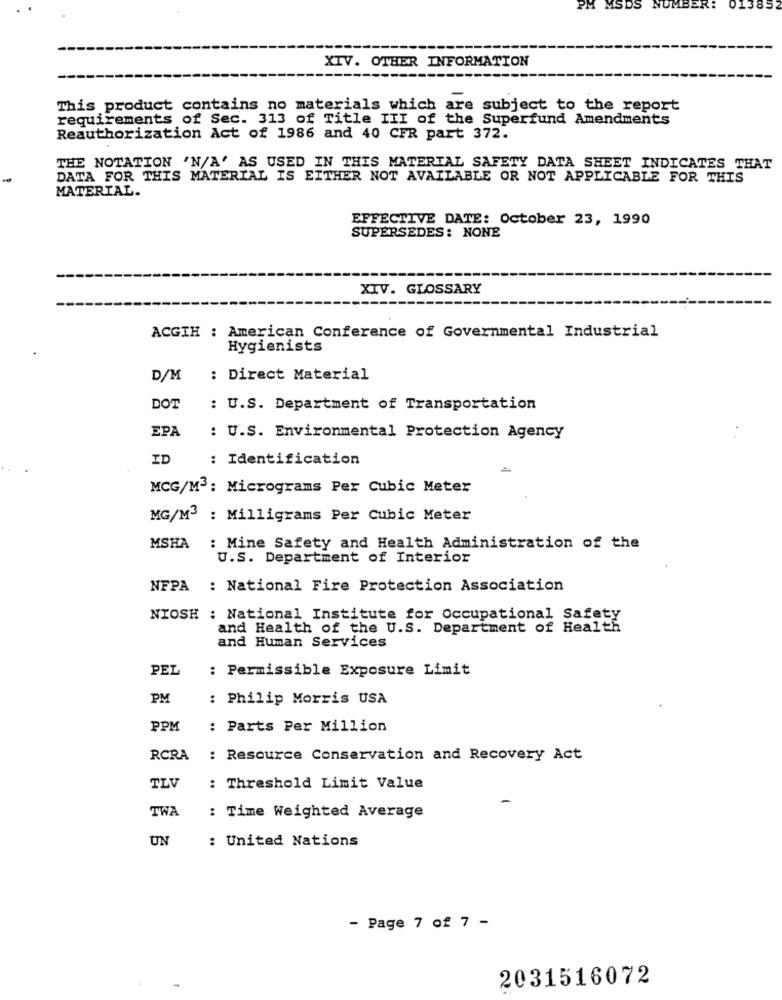
PM
MSDS
NUMBE
385
XIV. OTHER INFORMATION
This product contains no materials which are subject to the report
requirements of Sec. 313 of Title III of the Superfund Amendments
Reauthorization Act of 1986 and 40 CFR part 372.
THE NOTATION 'N/A' AS USED IN THIS MATERIAL SAFETY DATA SHEET INDICATES THAT
DATA FOR THIS MATERIAL IS EITHER NOT AVAILABLE OR NOT APPLICABLE FOR THIS
MATERIAL.
EFFECTIVE DATE: October 23, 1990
SUPERSEDES : NONE
XIV. GLOSSARY
ACGIH : American Conference of Governmental Industrial
Hygienists
D/M
: Direct Material
DOT
: U.S. Department of Transportation
EPA
: U.S. Environmental Protection Agency
ID
: Identification
MCG/M3: Micrograms Per Cubic Meter
MG/M3 : Milligrams Per Cubic Meter
MSHA : Mine Safety and Health Administration of the
U.S. Department of Interior
NFPA : National Fire Protection Association
NIOSH : National Institute for Occupational Safety
and Health of the U.S. Department of Health
and Human Services
PEL
: Permissible Exposure Limit
PM
: Philip Morris USA
PPM
: Parts Per Million
RCRA
: Resource Conservation and Recovery Act
TLV
: Threshold Limit Value
TWA
: Time Weighted Average
UN
: United Nations
- Page 7 of 7 -
2031516072